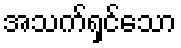
အသက်ရှင်သော